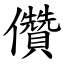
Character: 儹